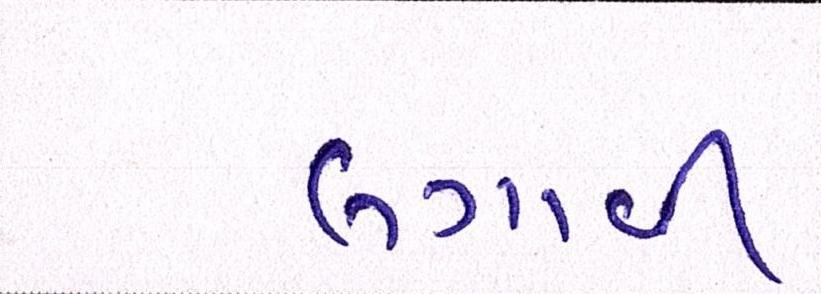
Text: લગાવી